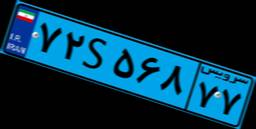
۷۳S۳۱۹۵۷